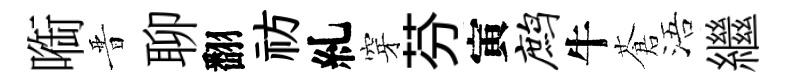
㗸晋聊翻祊糺穿芬寅鹧牛蒼浯繼